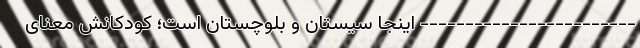
------------------------ اینجا سیستان و بلوچستان است؛ کودکانش معنای